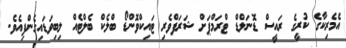
އެމެރިކާގެ ކުރީގެ ރައީސް ޑޮނަލްޑް ޓްރަމްޕަށް ޝަރަފްވެރި ޓައިކްވޮންޑޯ ބްލެކް ބެލްޓެއް ލިބިވަޑައިގެންފިއެވެ.